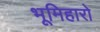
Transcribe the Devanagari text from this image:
भूमिहारो